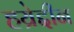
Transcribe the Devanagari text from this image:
हय्रेद्दीन